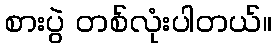
စားပွဲ တစ်လုံးပါတယ်။